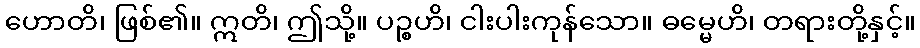
ဟောတိ၊ ဖြစ်၏။ ဣတိ၊ ဤသို့။ ပဉ္စဟိ၊ ငါးပါးကုန်သော။ ဓမ္မေဟိ၊ တရားတို့နှင့်။